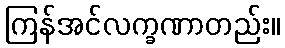
ကြန်အင်လက္ခဏာတည်း။